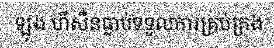
ឡុង ហឺសឺនធ្លាប់ទទួលការគ្រប់គ្រង